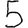
Digit: 5